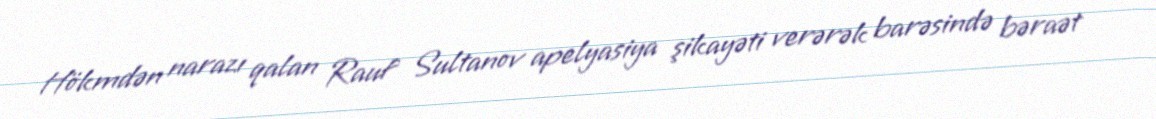
Hökmdən narazı qalan Rauf Sultanov apelyasiya şikayəti verərək barəsində bəraət